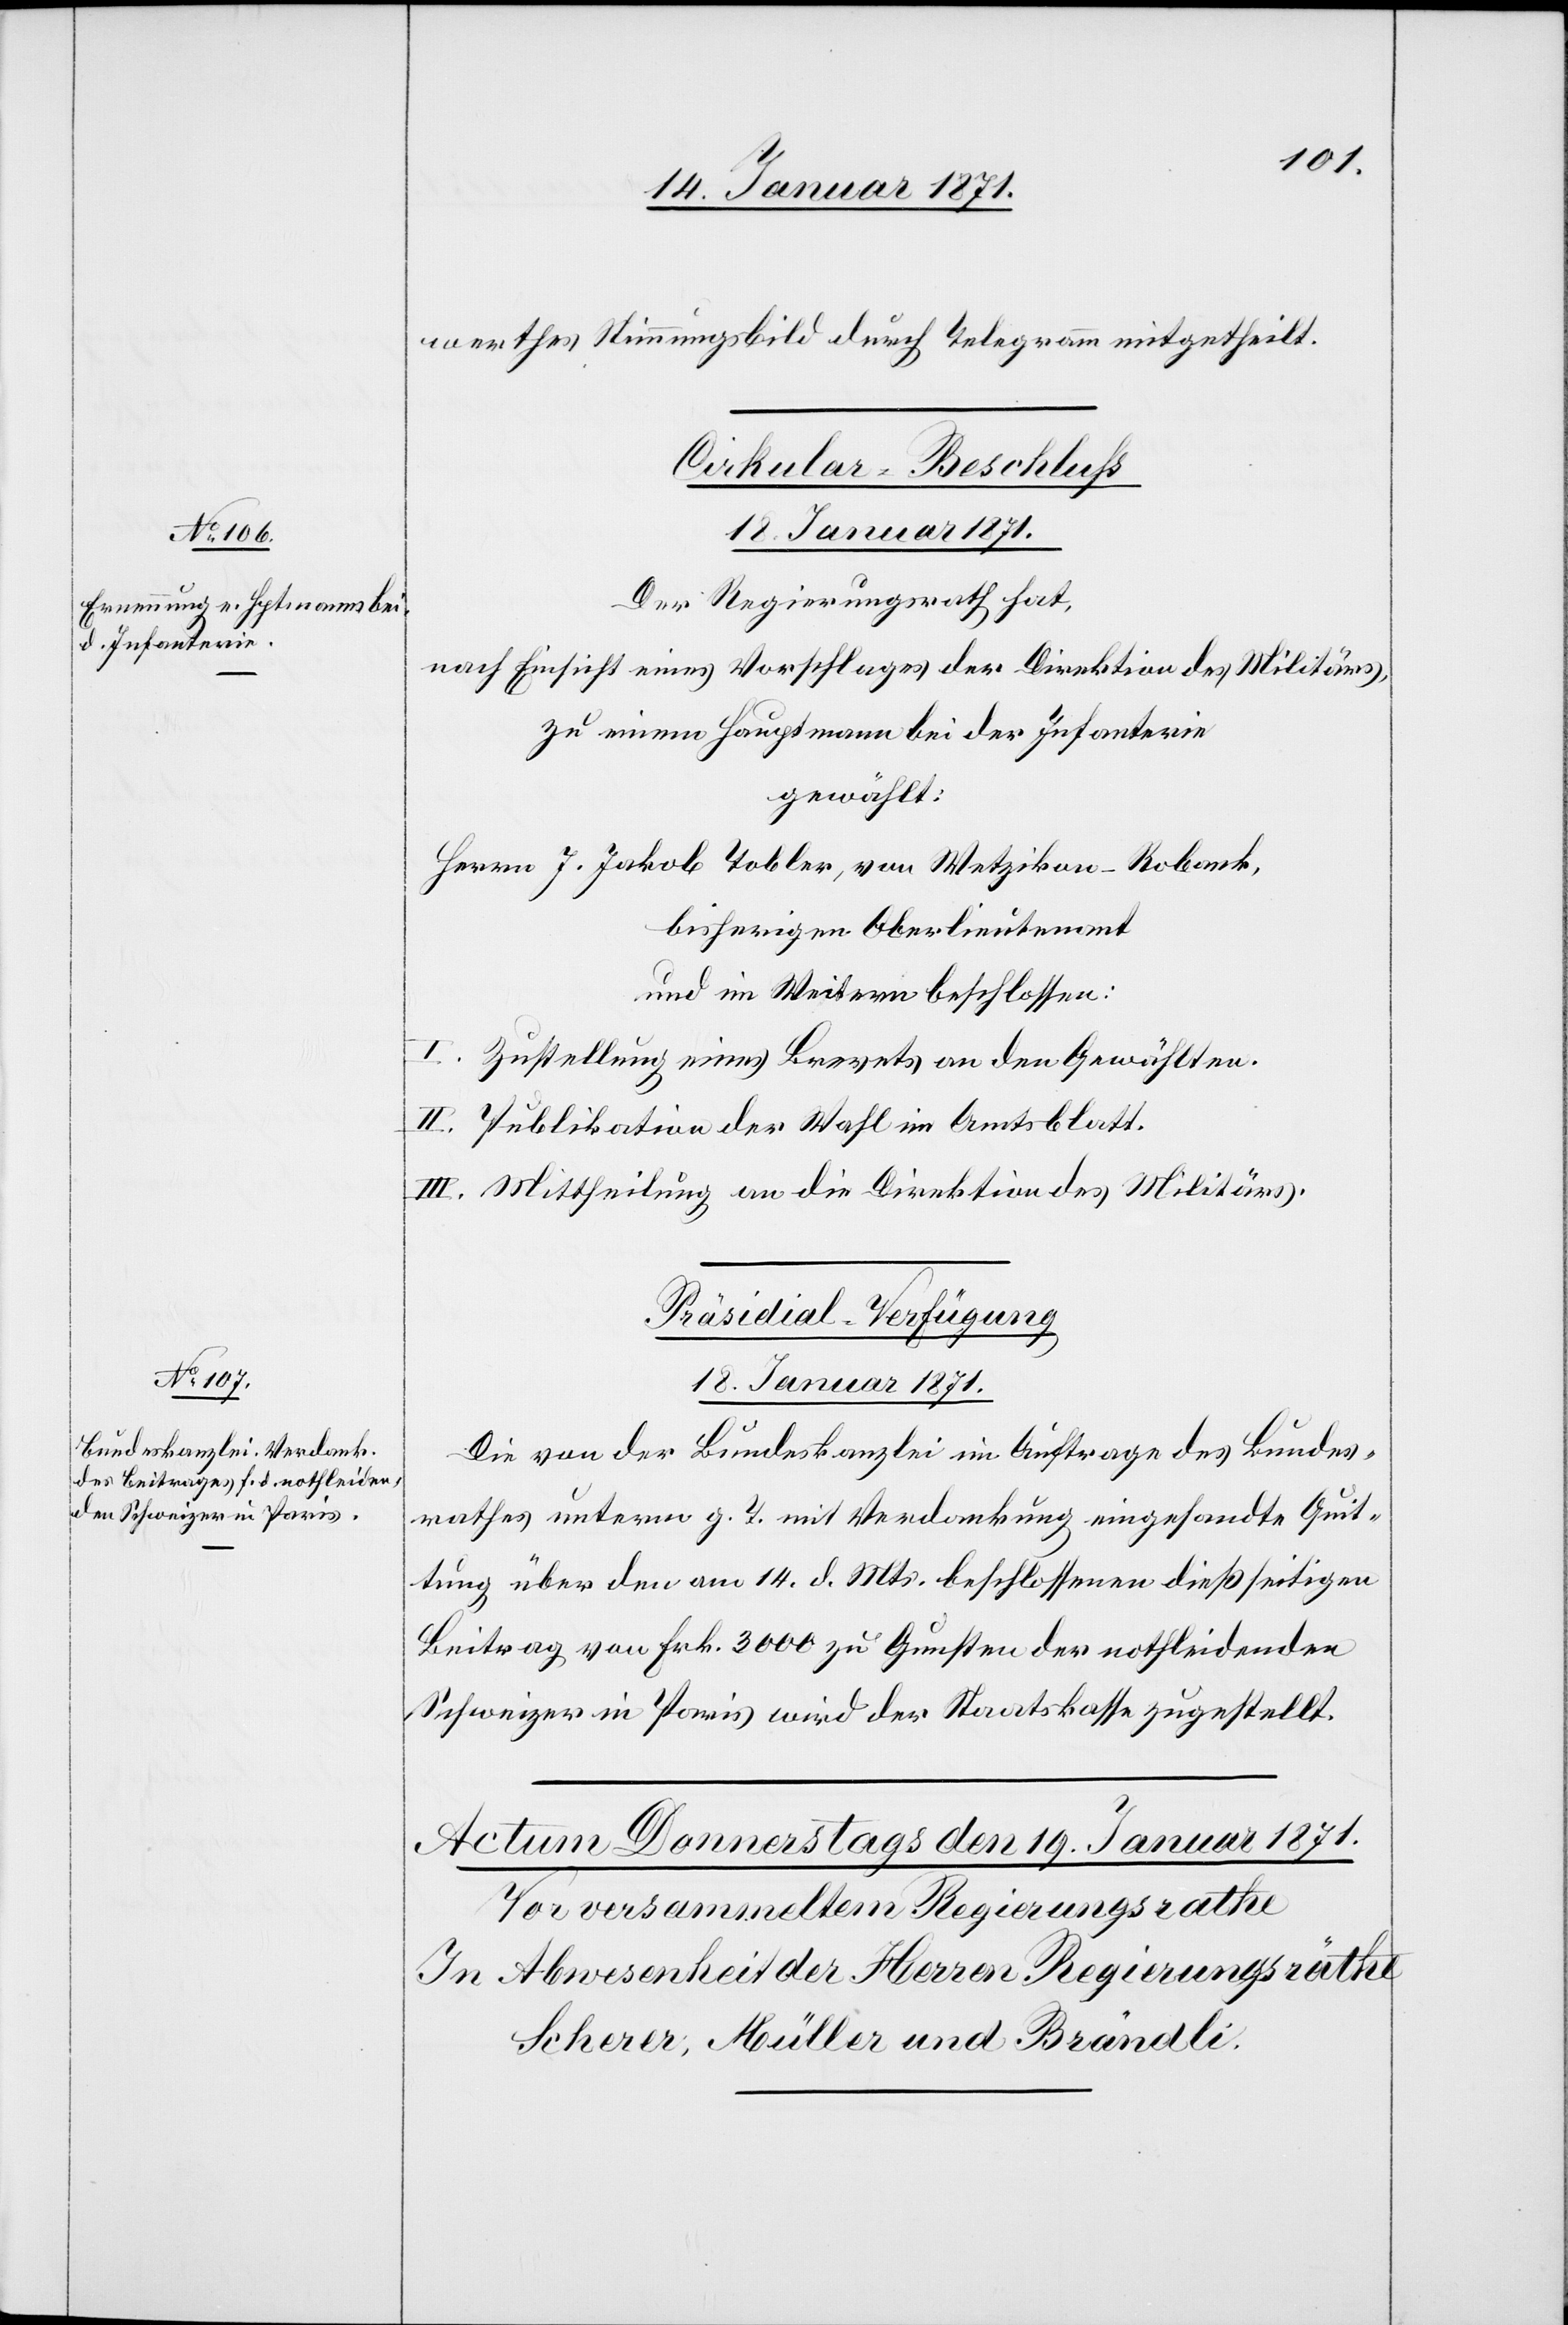
wertes Stimmungsbild durch Telegramm mitgetheilt.
Cirkular-Beschlüße
18. Januar 1871
Der Regierungsrath hat,
nach Einsicht eines Vorschlages der Direktion des Militärs,
zu einem Hauptmann bei der Infanterie
gewählt:
Herrn J. Jakob Tobler, von Wetzikon-Robank,
bisherigen Oberlieutenant
und im Weitern beschlossen:
I. Zustellung eines Brevets an den Gewählten.
II. Publikation der Wahl im Amtsblatt.
III. Mittheilung an die Direktion des Militärs.
Präsidial-Verfügung
18. Januar 1871.
Die von der Bundeskanzlei im Auftrage des Bundes¬
rathes unterm g. T. mit Verdankung eingesandte Quit¬
tung über den am 14. d. Mts. beschlossenen dießseitigen
Beitrag von Frk. 3000 zu Gunsten der nothleidenden
Schweizer in Paris wird der Staatskasse zugestellt.